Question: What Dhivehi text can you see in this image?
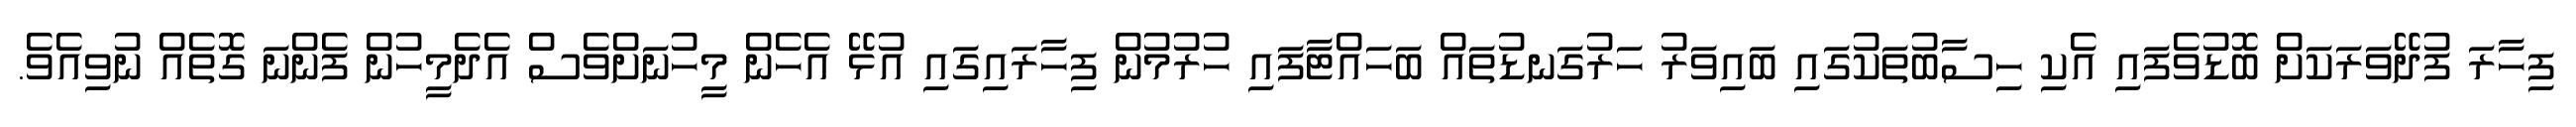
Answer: ފިހާރަ ފުދޭވަރަކަށް ބޮޑުވެފައި އެކި ހިސާބުތަކުގައި ބައިވަރު ހަރުގަނޑުތައް ބަހައްޓާފައި ހުރުމުން ފިހާރައިގައި އުޅޭ އެހެން މީހުނަށްވެސް އެދެމީހުން ފެންނަ ގޮތެއް ނުވިއެވެ.